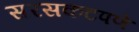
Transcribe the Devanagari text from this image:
सरसकटपणे